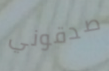
صدقوني